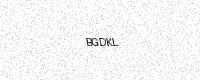
Text: BGDKL